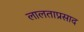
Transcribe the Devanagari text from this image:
लालताप्रसाद